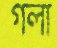
গলা